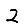
Digit: 2